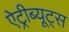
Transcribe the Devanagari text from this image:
ऐट्रीब्यूट्स